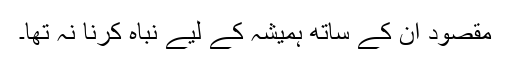
مقصود ان کے ساتھ ہمیشہ کے لیے نباہ کرنا نہ تھا۔